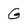
Character: G